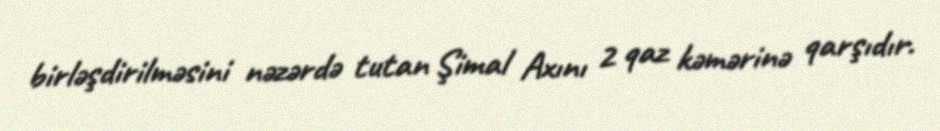
birləşdirilməsini nəzərdə tutan Şimal Axını 2 qaz kəmərinə qarşıdır.